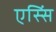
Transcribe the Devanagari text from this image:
एस्सिं